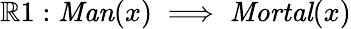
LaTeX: \mathbb{R}1:{\mathit{{Man}}}(x)\implies{\mathit{{Mortal}}}(x)